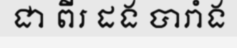
ជា ពីរ ដង បារាំង